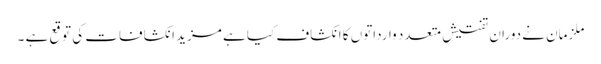
ملزمان نے دوران تفتیش متعدد وارداتوں کا انکشاف کیا ہے مزید انکشافات کی توقع ہے ۔